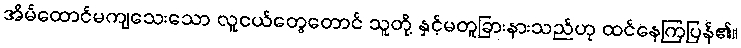
အိမ်ထောင်မကျသေးသော လူငယ်တွေတောင် သူတို့ နှင့်မတူခြားနားသည်ဟု ထင်နေကြပြန်၏။